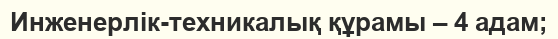
Инженерлік-техникалық құрамы – 4 адам;